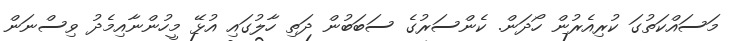
މަސައްކަތުގަ ކުރިއެރުން ހޯދަން. ކެންސަރުގެ ސަބަބުން ދަތި ހާލުގައި އުޅޭ މީހުންނާއިމެދު ވިސްނަން